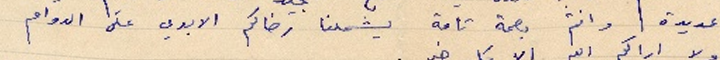
عديدة وانتم بصحة تامة يشملنا رضاكم الابدي على الدوام